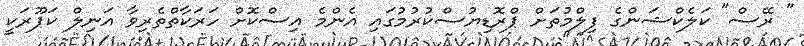
" ރޭސް" ކަލެކްޝަންގެ ފިލްމުތަށް ޕްރޮޑިޔުސްކުރުމުގައި އެންމެ އިސްކޮށް ހަރަކާތްތެރިވާ އަނިލް ކަޕޫރަކީ